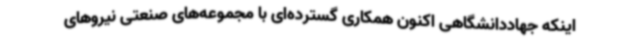
اینکه جهاددانشگاهی اکنون همکاری گسترده‌ای با مجموعه‌های صنعتی نیروهای